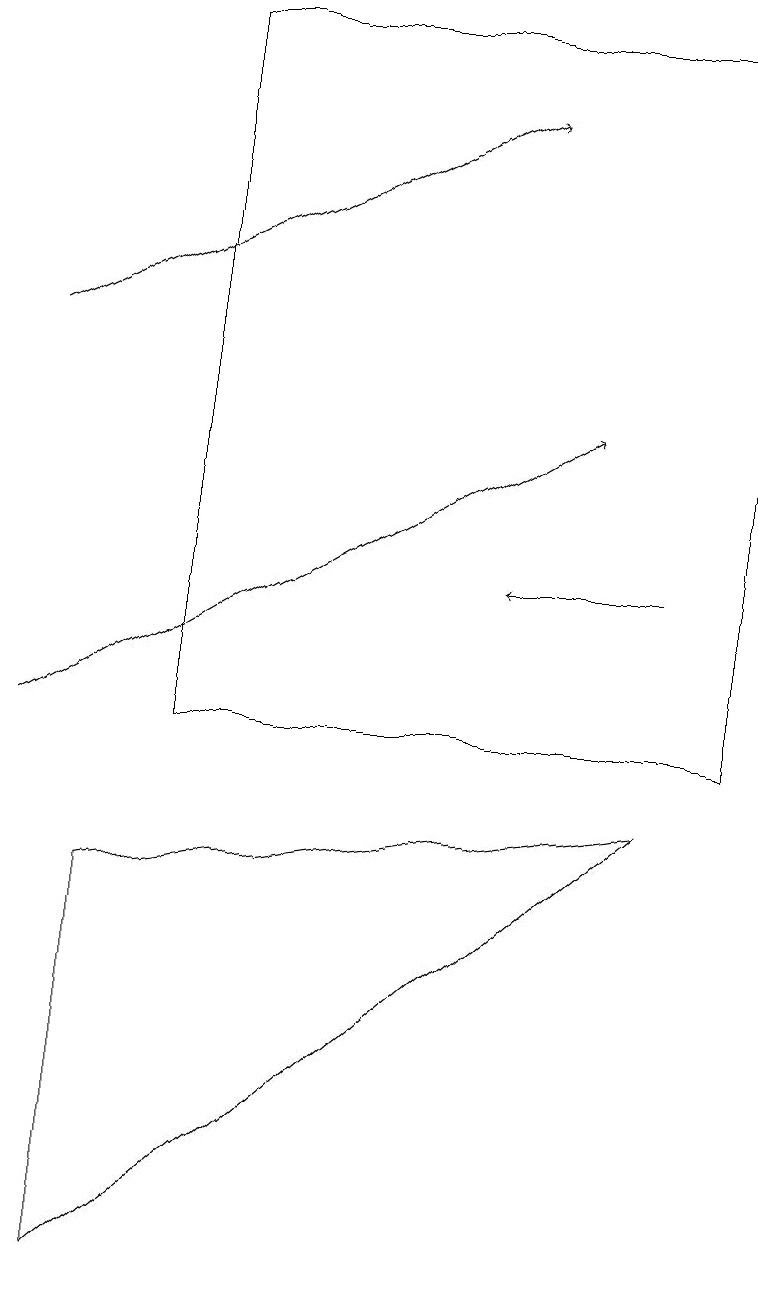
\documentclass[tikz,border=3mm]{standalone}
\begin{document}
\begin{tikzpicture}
\draw[->] (0,10) -- (7,14);
\draw[->] (0,15) -- (6,18);
\draw[->] (8,12) -- (6,12);
\draw (2,19) rectangle (9,10);
\draw (1,3) -- (1,8) -- (8,9) -- cycle;
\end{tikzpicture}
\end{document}